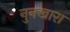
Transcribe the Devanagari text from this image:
नुनखारा